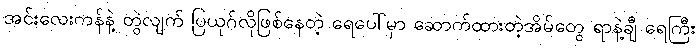
အင်းလေးကန်နဲ့ တွဲလျက် ပြယုဂ်လိုဖြစ်နေတဲ့ ရေပေါ်မှာ ဆောက်ထားတဲ့အိမ်တွေ ရာနဲ့ချီ ရေကြီး